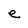
Character: e